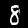
Label: 8